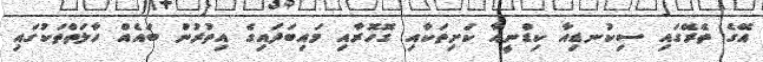
އޭގެ ތެރޭގައި ސިކުނޑިއާ ކިޑްނީއާ ކަށިތަކާއި ގޮހޮރާއި މައިބަދައިގެ އިތުރުން ބައެއް ހާލަތްތަކުގައި